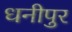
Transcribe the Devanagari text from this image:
धनीपुर